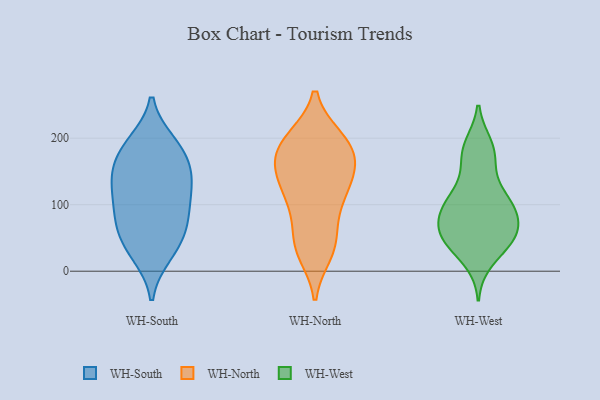
{"axis": {"x": "LTV (USD)", "y": "Value"}, "legend": ["WH-North", "WH-South", "WH-West"], "data": [{"x": "", "y": 135, "type": "WH-South"}, {"x": "", "y": 56, "type": "WH-South"}, {"x": "", "y": 28, "type": "WH-South"}, {"x": "", "y": 89, "type": "WH-South"}, {"x": "", "y": 56, "type": "WH-South"}, {"x": "", "y": 157, "type": "WH-South"}, {"x": "", "y": 110, "type": "WH-South"}, {"x": "", "y": 156, "type": "WH-South"}, {"x": "", "y": 188, "type": "WH-South"}, {"x": "", "y": 70, "type": "WH-South"}, {"x": "", "y": 142, "type": "WH-South"}, {"x": "", "y": 193, "type": "WH-South"}, {"x": "", "y": 25, "type": "WH-South"}, {"x": "", "y": 187, "type": "WH-South"}, {"x": "", "y": 92, "type": "WH-South"}, {"x": "", "y": 125, "type": "WH-South"}, {"x": "", "y": 158, "type": "WH-North"}, {"x": "", "y": 28, "type": "WH-North"}, {"x": "", "y": 167, "type": "WH-North"}, {"x": "", "y": 45, "type": "WH-North"}, {"x": "", "y": 131, "type": "WH-North"}, {"x": "", "y": 162, "type": "WH-North"}, {"x": "", "y": 37, "type": "WH-North"}, {"x": "", "y": 132, "type": "WH-North"}, {"x": "", "y": 111, "type": "WH-North"}, {"x": "", "y": 199, "type": "WH-North"}, {"x": "", "y": 99, "type": "WH-North"}, {"x": "", "y": 194, "type": "WH-North"}, {"x": "", "y": 144, "type": "WH-North"}, {"x": "", "y": 199, "type": "WH-North"}, {"x": "", "y": 177, "type": "WH-North"}, {"x": "", "y": 195, "type": "WH-North"}, {"x": "", "y": 39, "type": "WH-North"}, {"x": "", "y": 91, "type": "WH-North"}, {"x": "", "y": 116, "type": "WH-West"}, {"x": "", "y": 87, "type": "WH-West"}, {"x": "", "y": 42, "type": "WH-West"}, {"x": "", "y": 47, "type": "WH-West"}, {"x": "", "y": 179, "type": "WH-West"}, {"x": "", "y": 97, "type": "WH-West"}, {"x": "", "y": 189, "type": "WH-West"}, {"x": "", "y": 16, "type": "WH-West"}, {"x": "", "y": 48, "type": "WH-West"}, {"x": "", "y": 153, "type": "WH-West"}, {"x": "", "y": 108, "type": "WH-West"}, {"x": "", "y": 102, "type": "WH-West"}, {"x": "", "y": 47, "type": "WH-West"}, {"x": "", "y": 72, "type": "WH-West"}, {"x": "", "y": 57, "type": "WH-West"}, {"x": "", "y": 64, "type": "WH-West"}, {"x": "", "y": 181, "type": "WH-West"}, {"x": "", "y": 93, "type": "WH-West"}]}